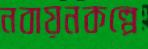
নবায়নকল্পে